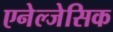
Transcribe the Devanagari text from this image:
एनेल्जेसिक